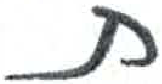
אות: ץ